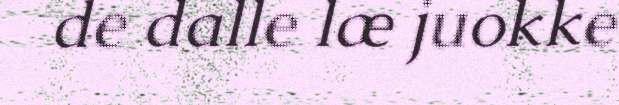
de dalle læ juokke